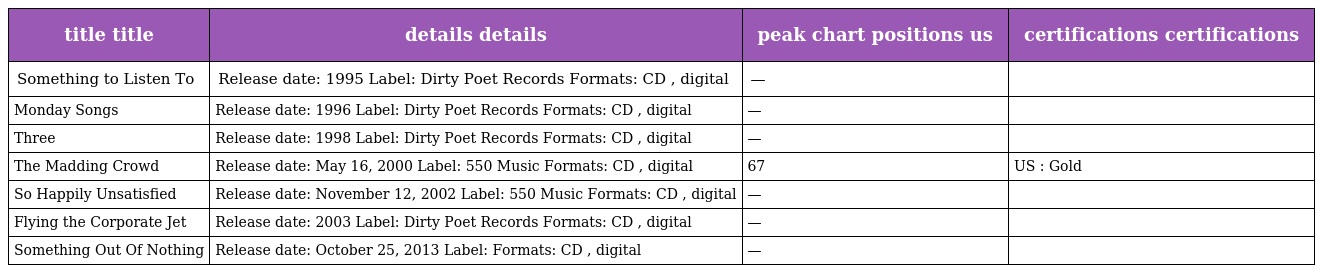
| title title | details details | peak chart positions us | certifications certifications |
 | --- | --- | --- | --- |
 | Something to Listen To | Release date: 1995 Label: Dirty Poet Records Formats: CD , digital | — |  |
 | Monday Songs | Release date: 1996 Label: Dirty Poet Records Formats: CD , digital | — |  |
 | Three | Release date: 1998 Label: Dirty Poet Records Formats: CD , digital | — |  |
 | The Madding Crowd | Release date: May 16, 2000 Label: 550 Music Formats: CD , digital | 67 | US : Gold |
 | So Happily Unsatisfied | Release date: November 12, 2002 Label: 550 Music Formats: CD , digital | — |  |
 | Flying the Corporate Jet | Release date: 2003 Label: Dirty Poet Records Formats: CD , digital | — |  |
 | Something Out Of Nothing | Release date: October 25, 2013 Label: Formats: CD , digital | — |  |